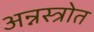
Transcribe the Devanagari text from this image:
अन्नस्त्रोत